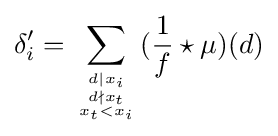
\delta _{i}^{\prime }=\sum _{d\vert x_{i} \atop {d\nmid x_{t} \atop x_{t}<x_{i}}}({\frac {1}{f}}\star \mu )(d)